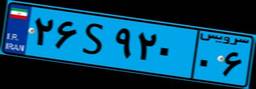
۷۳S۷۲۳۳۲